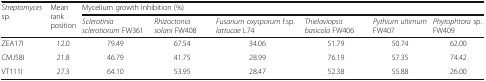
<table><thead><tr><td rowspan="2"><b><i>Streptomyces</i> sp.</b></td><td rowspan="2"><b>Mean rank position</b></td><td colspan="6"><b>Mycelium growth inhibition (%)</b></td></tr><tr><td><b><i>Sclerotinia sclerotiorum</i> FW361</b></td><td><b><i>Rhizoctonia solani</i> FW408</b></td><td><b><i>Fusarium oxysporum</i> f.sp. <i>lattucae</i> L74</b></td><td><b><i>Thielaviopsis basicola</i> FW406</b></td><td><b><i>Pythium ultimum</i> FW407</b></td><td><b><i>Phytophtora</i> sp. FW409</b></td></tr></thead><tbody><tr><td>ZEA17I</td><td>12.0</td><td>79.49</td><td>67.54</td><td>34.06</td><td>51.79</td><td>50.74</td><td>62.00</td></tr><tr><td>CMJ58I</td><td>21.8</td><td>46.79</td><td>41.75</td><td>28.99</td><td>76.19</td><td>57.35</td><td>74.42</td></tr><tr><td>VT111I</td><td>27.3</td><td>64.10</td><td>53.95</td><td>28.47</td><td>52.38</td><td>55.88</td><td>26.00</td></tr></tbody></table>